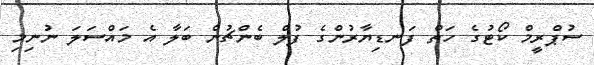
ސުޕްރީމް ކޯޓުގެ ހަތް ފަނޑިޔާރުންގެ ފުލް ބެންޗުން ބަލާ އެ މައްސަލަ ނުނިމި